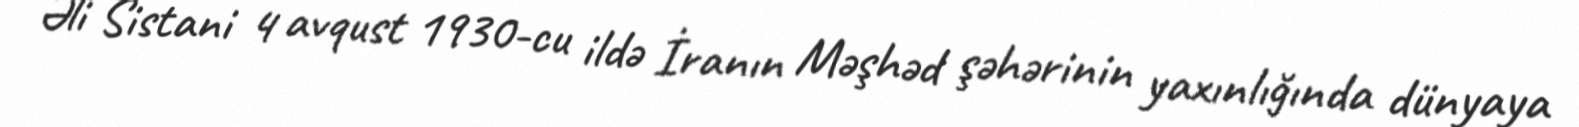
Əli Sistani 4 avqust 1930-cu ildə İranın Məşhəd şəhərinin yaxınlığında dünyaya